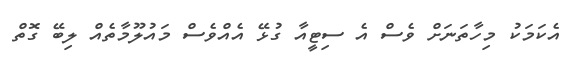
އެކަމަކު މިހާތަނަށް ވެސް އެ ސިޓީއާ ގުޅޭ އެއްވެސް މައުލޫމާތެއް ލިބޭ ގޮތް